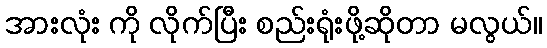
အားလုံး ကို လိုက်ပြီး စည်းရုံးဖို့ဆိုတာ မလွယ်။